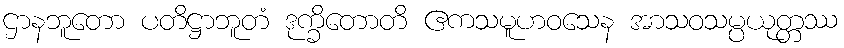
ဌာနဘူတော ပတိဋ္ဌာဘူတံ ဒုက္ခိတောတိ ဧကသမူဟဝသေန အာသဝသမ္ပယုတ္တဿ